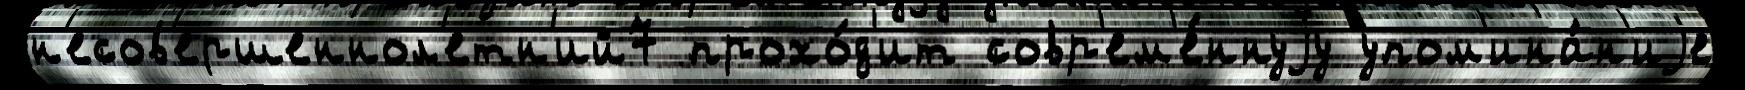
н'есов'ершеннол'етн'ий7 прохо́д'ит совр'ем'е́ннуjу упом'ина́н'иjе